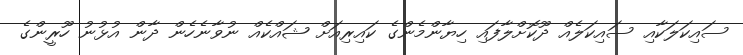
ސައިކަލަކާއި ސައިކަލެއް ދޫކޮށްލާފައި ހިޔާންމެންގެ ކައިރިއަށް ޝައްކެއް ނުވާނެހެން ދާން އުޅުނު ހޫރީންގެ